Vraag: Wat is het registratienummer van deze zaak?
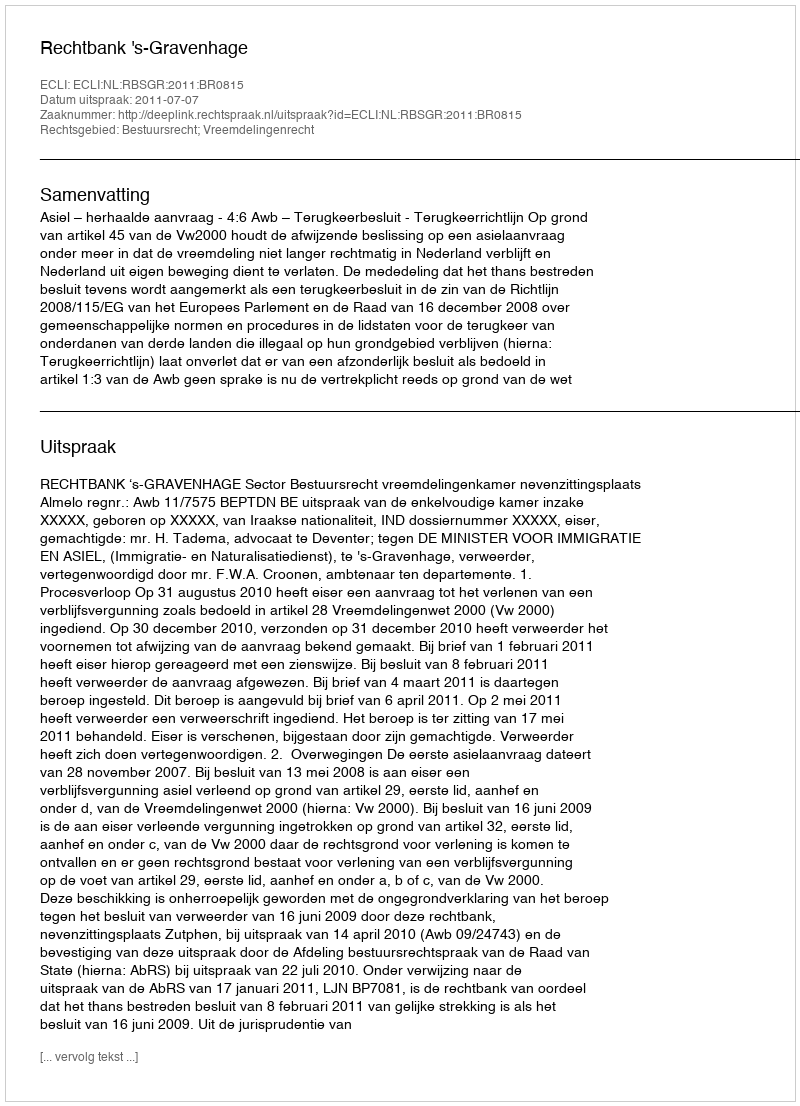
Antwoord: http://deeplink.rechtspraak.nl/uitspraak?id=ECLI:NL:RBSGR:2011:BR0815